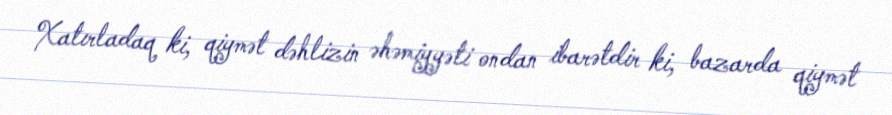
Xatırladaq ki, qiymət dəhlizin əhəmiyyəti ondan ibarətdir ki, bazarda qiymət